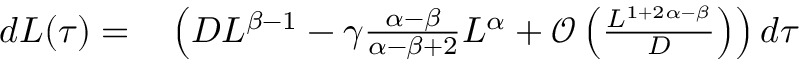
\begin{array} { r l } { d L ( \tau ) = } & { { } \left( D L ^ { \beta - 1 } - \gamma \frac { \alpha - \beta } { \alpha - \beta + 2 } L ^ { \alpha } + \mathcal { O } \left( \frac { L ^ { 1 + 2 \alpha - \beta } } { D } \right) \right) d \tau } \end{array}